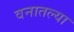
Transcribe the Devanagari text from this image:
वनातल्या